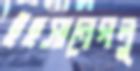
ইহসানেগলু